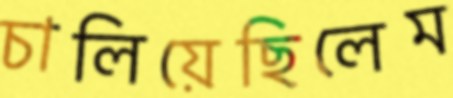
চালিয়েছিলেম